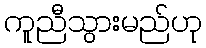
ကူညီသွားမည်ဟု